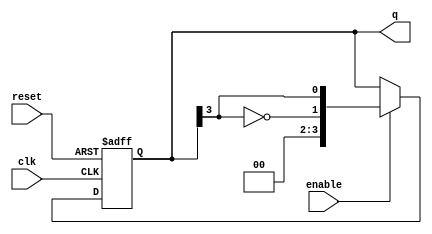
module johnson_counter #(
    parameter n = 4 // Number of flip-flops, can be changed as needed
) (
    input wire clk,      // Clock signal
    input wire reset,    // Active high reset
    input wire enable,   // Enable signal
    output reg [n-1:0] q // Output of the counter
);

    always @(posedge clk or posedge reset) begin
        if (reset) begin
            // Reset the counter to initial state (0, 0, ..., 0)
            q <= 0;
        end else if (enable) begin
            // Johnson counter logic
            q <= {~q[n-1], q[n-1:n-1]}; // Shift right and feed inverted last bit to first
        end
    end

endmodule